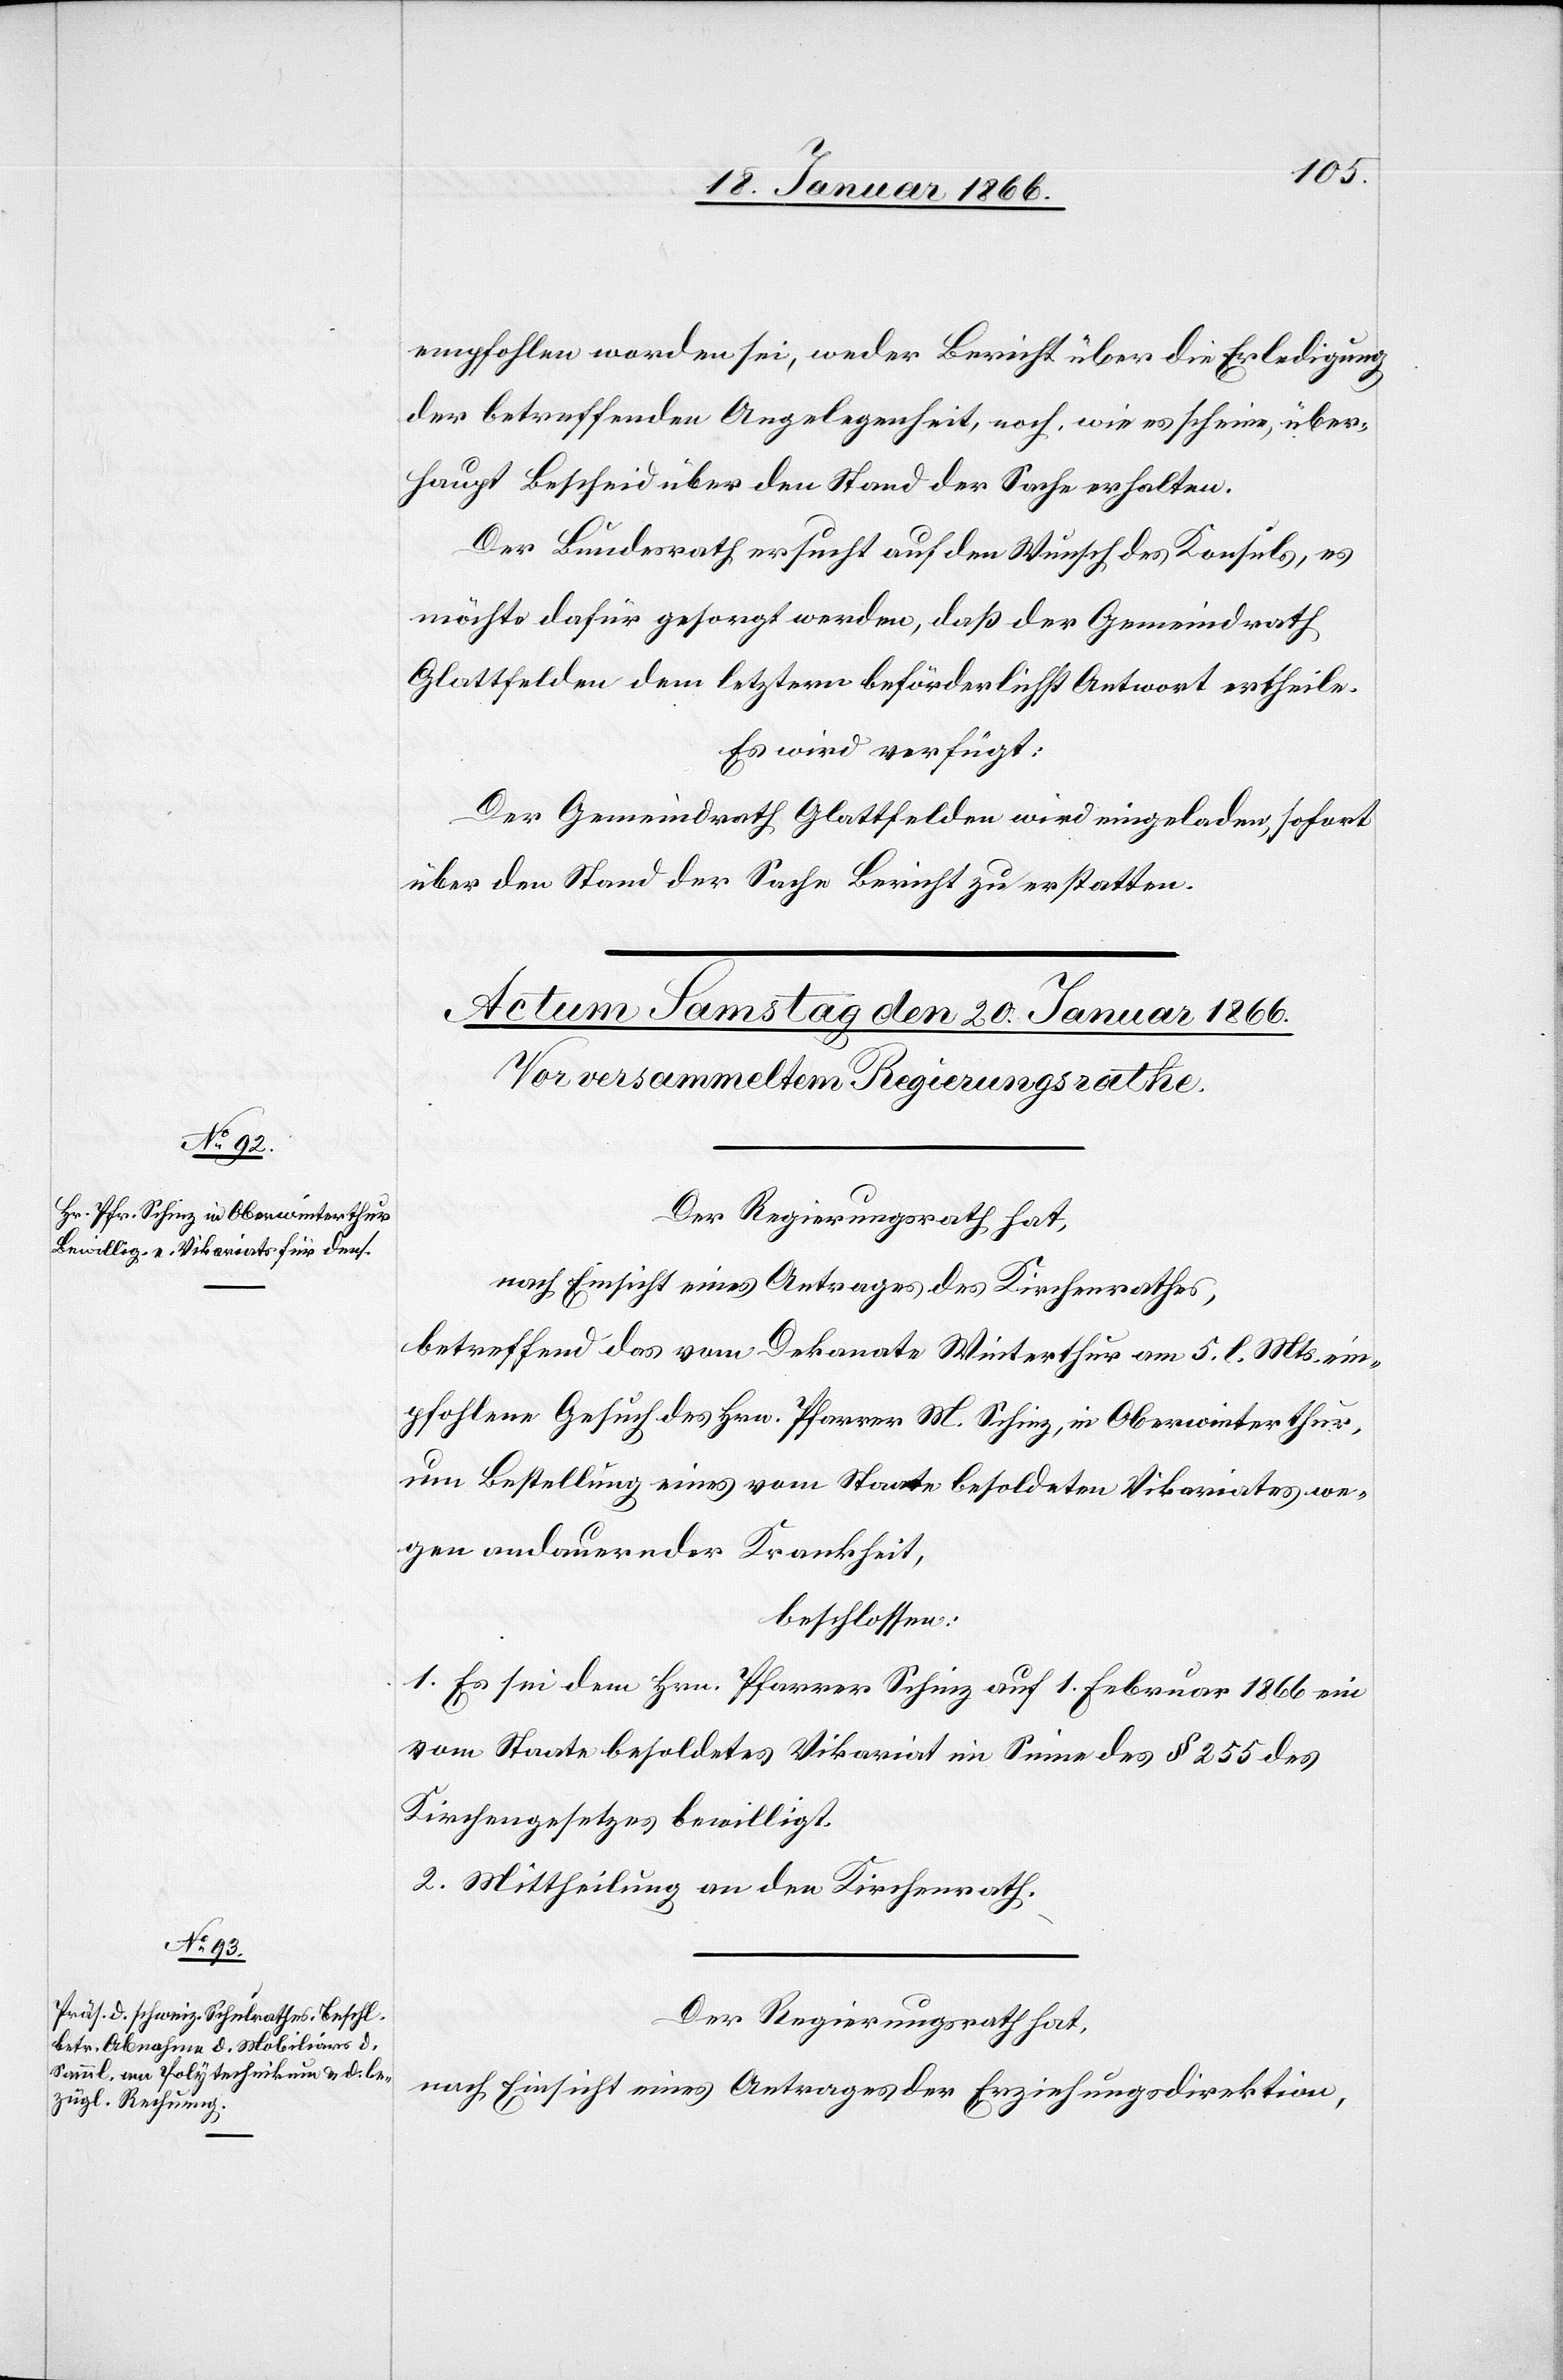
empfohlen worden sei, weder Bericht über die Erledigung
der betreffenden Angelegenheit, noch, wie es scheine, über¬
haupt Bescheid über den Stand der Sache erhalten.
Der Bundesrath ersucht auf den Wunsch des Konsuls, es
möchte dafür gesorgt werden, daß der Gemeindrath
Glattfelden dem letztern beförderlichst Antwort ertheile.
Es wird verfügt:
Der Gemeindrath Glattfelden wird eingeladen, sofort
über den Stand der Sache Bericht zu erstatten.
Der Regierungsrath hat,
nach Einsicht eines Antrages des Kirchenrathes,
betreffend das vom Dekanate Winterthur am 5. l. Mts. em¬
pfangene Gesuch des Hrn. Pfarrer M. Schinz, in Oberwinterthur,
um Bestellung eines vom Staate besoldeten Vikariates we¬
gen andauernder Krankheit,
beschlossen:
1. Es sei dem Hrn. Pfarrer Schinz auf 1. Februar 1866 ein
vom Staate besoldetes Vikariat im Sinne des § 255 des
Kirchengesetzes bewilligt.
2. Mittheilung an den Kirchenrath.
Der Regierungsrath hat,
nach Einsicht eines Antrages der Erziehungsdirektion,